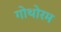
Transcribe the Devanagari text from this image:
गोथोरम